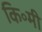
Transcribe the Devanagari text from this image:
कि॰मी